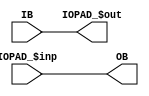
module IOBUFDS_S_VPR (
    input  IB,
    output OB,
    input  IOPAD_$inp,
    output IOPAD_$out
);
  parameter [0:0] LVCMOS12_LVCMOS15_LVCMOS18_LVCMOS25_LVCMOS33_LVTTL_SSTL135_SSTL15_SLEW_SLOW = 1'b0;
  parameter [0:0] LVCMOS12_LVCMOS15_LVCMOS18_SSTL135_SSTL15_STEPDOWN = 1'b0;
  parameter [0:0] LVCMOS15_SSTL15_DRIVE_I16_I_FIXED = 1'b0;
  parameter [0:0] SSTL135_DRIVE_I_FIXED = 1'b0;
  parameter [0:0] LVDS_25_SSTL135_SSTL15_IN_DIFF = 1'b0;
  parameter [0:0] SSTL135_SSTL15_SLEW_FAST = 1'b0;
  parameter [0:0] IN_TERM_UNTUNED_SPLIT_40 = 1'b0;
  parameter [0:0] IN_TERM_UNTUNED_SPLIT_50 = 1'b0;
  parameter [0:0] IN_TERM_UNTUNED_SPLIT_60 = 1'b0;
  parameter [0:0] PULLTYPE_PULLUP = 1'b0;
  parameter [0:0] PULLTYPE_PULLDOWN = 1'b0;
  parameter [0:0] PULLTYPE_NONE = 1'b0;
  parameter [0:0] PULLTYPE_KEEPER = 1'b0;
  parameter PULLTYPE = "";
  parameter IOSTANDARD = "";
  parameter SLEW = "";
  assign IOPAD_$out = IB;
  assign OB = IOPAD_$inp;
endmodule